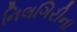
નિલગિરીના